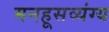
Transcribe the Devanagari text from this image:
मनहूसव्यंग्य